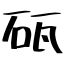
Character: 砙